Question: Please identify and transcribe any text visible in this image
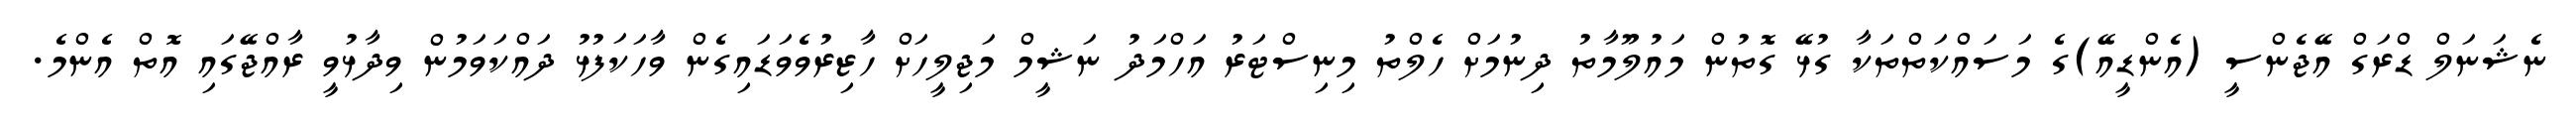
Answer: ނެޝަނަލް ޑްރަގް އޭޖެންސީ (އެންޑީއޭ)ގެ މަސައްކަތްތަކާ ގުޅޭ ގޮތުން މައުލޫމާތު ދިނުމަށް ހެލްތު މިނިސްޓަރު އަހްމަދު ނަޝީމް މަޖިލީހަށް ހާޒިރުވެވަޑައިގެން ވާހަކަފުޅު ދައްކަވަމުން ވިދާޅުވީ ރާއްޖޭގައި އޮތް އެންމެ.